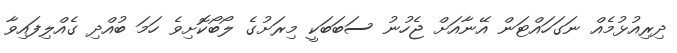
ދިރިއުޅުމެއް ނަގަހައްޓަން އޭނާއަށް ޖެހުނު ސަބަބަކީ މިރަށުގެ ލޯބޯކޮށިވެ ހަމަ ބުއްދި ގެއްލިފައިވާ